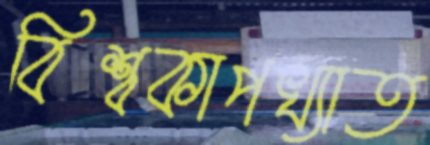
বিশ্বকাপখ্যাত